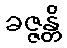
ခဇ္ဇန္တိ